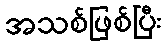
အသစ်ဖြစ်ပြီး